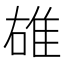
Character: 䧺